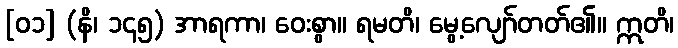
[၀၁] (နိ၊ ၁၄၅) အာရကာ၊ ဝေးစွာ။ ရမတိ၊ မွေ့လျော်တတ်၏။ ဣတိ၊